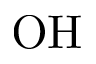
\mathrm { O H }